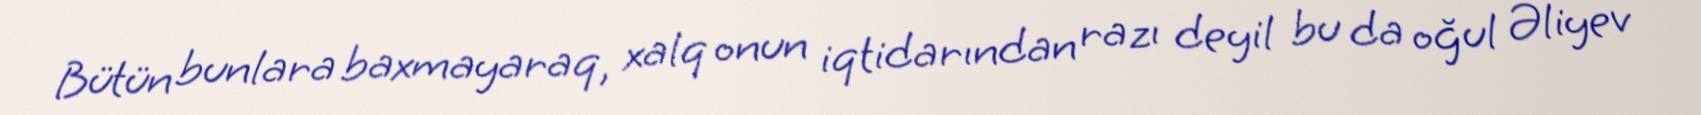
Bütün bunlara baxmayaraq, xalq onun iqtidarından razı deyil bu da oğul Əliyev